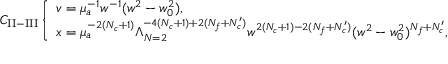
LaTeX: C _ { \mathrm { I I - I I I } } \left\{ \begin{array} { l } { { v = \mu _ { a } ^ { - 1 } w ^ { - 1 } ( w ^ { 2 } - w _ { 0 } ^ { 2 } ) , } } \\ { { x = \mu _ { a } ^ { - 2 ( N _ { c } + 1 ) } \Lambda _ { N = 2 } ^ { - 4 ( N _ { c } + 1 ) + 2 ( N _ { f } + N _ { c } ^ { \prime } ) } w ^ { 2 ( N _ { c } + 1 ) - 2 ( N _ { f } + N _ { c } ^ { \prime } ) } ( w ^ { 2 } - w _ { 0 } ^ { 2 } ) ^ { N _ { f } + N _ { c } ^ { \prime } } , } } \end{array} \right.